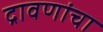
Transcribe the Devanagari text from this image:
द्रावणांचा